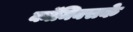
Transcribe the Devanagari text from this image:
कॉमिक्सके